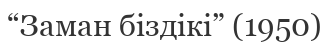
“Заман біздікі” (1950)